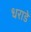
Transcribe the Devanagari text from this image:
धराडे